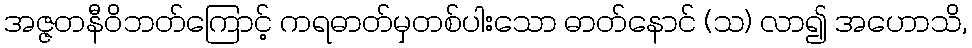
အဇ္ဇတနီဝိဘတ်ကြောင့် ကရဓာတ်မှတစ်ပါးသော ဓာတ်နောင် (သ) လာ၍ အဟောသိ,